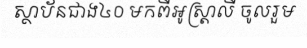
ស្ថាប័នជាង៤០ មកពីអូស្ត្រាលី ចូលរួម